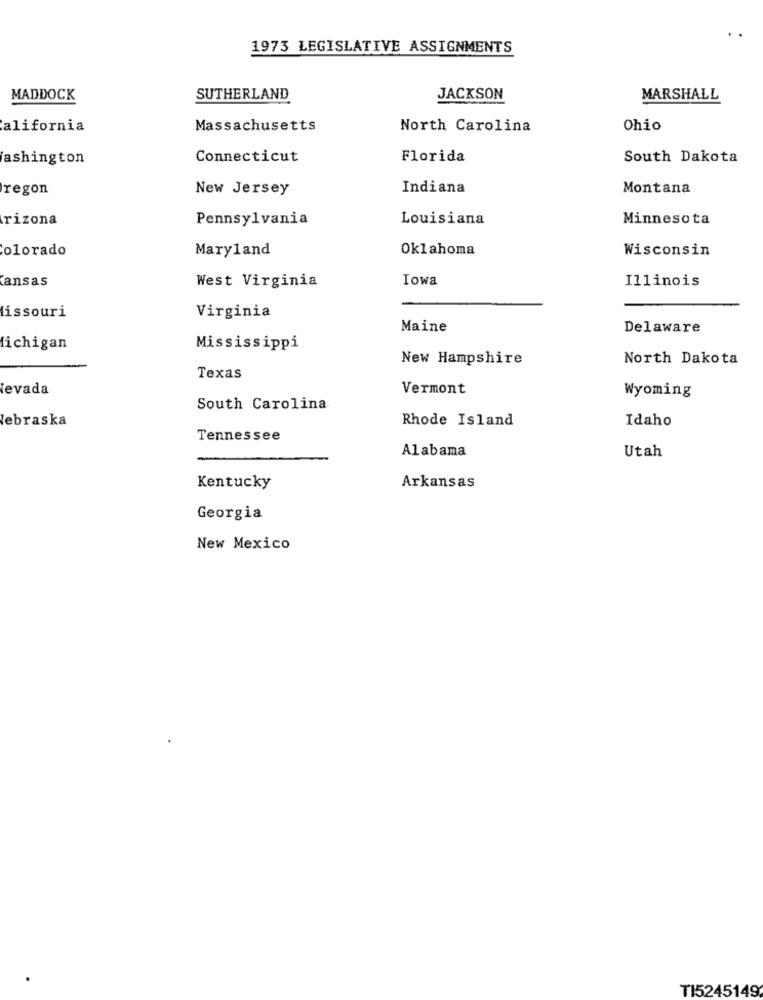
1973 LEGISLATIVE ASSIGNMENTS
MADDOCK
SUTHERLAND
JACKSON
MARSHALL
alifornia
Massachusetts
North Carolina
Ohio
ashington
Connecticut
Florida
South Dakota
regon
New Jersey
Indiana
Montana
rizona
Pennsylvania
Louisiana
Minnesota
Colorado
Maryland
Oklahoma
Wisconsin
Cansas
West Virginia
Iowa
Illinois
issouri
Virginia
Maine
Delaware
ichigan
Mississippi
New Hampshire
North Dakota
Texas
levada
Vermont
Wyoming
South Carolina
lebraska
Rhode Island
Idaho
Tennessee
Alabama
Utah
Kentucky
Arkansas
Georgia
New Mexico
TI5245149